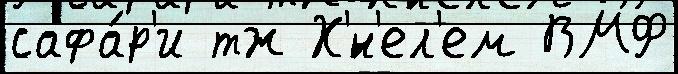
сафа́р'и тж Х'́н'ел'ем ВМФ